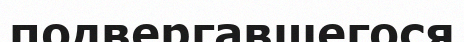
подвергавшегося